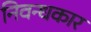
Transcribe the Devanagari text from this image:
निवन्धकार